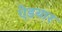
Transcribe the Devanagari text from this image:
ऐडयार